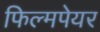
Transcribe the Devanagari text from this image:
फिल्मपेयर